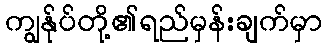
ကျွန်ုပ်တို့၏ရည်မှန်းချက်မှာ